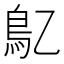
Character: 鳦